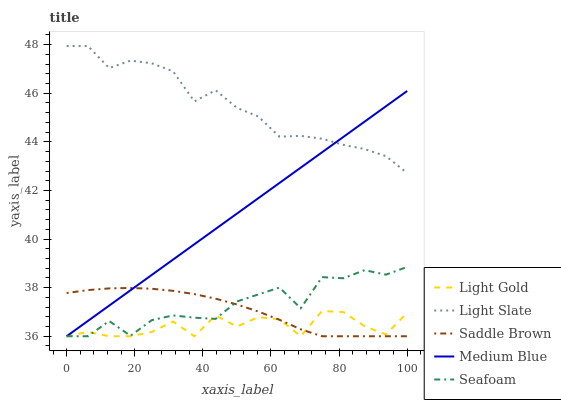
| xaxis_label | Light Gold | Light Slate | Saddle Brown | Medium Blue | Seafoam |
 | --- | --- | --- | --- | --- | --- |
 | 0 | 36 | 47.9 | 37.8 | 36 | 36 |
 | 6.25 | 36.2 | 47.9 | 37.9 | 36.6 | 36 |
 | 12.5 | 36 | 47 | 38 | 37.3 | 36.6 |
 | 18.8 | 36 | 47.3 | 38 | 37.9 | 36 |
 | 25 | 36.2 | 47.2 | 38 | 38.5 | 36.7 |
 | 31.2 | 36.6 | 46.9 | 37.9 | 39.2 | 36.9 |
 | 37.5 | 36 | 45.7 | 37.7 | 39.8 | 36.8 |
 | 43.8 | 36.9 | 46.1 | 37.5 | 40.4 | 36.7 |
 | 50 | 36.4 | 45.4 | 37.3 | 41 | 37.4 |
 | 56.2 | 36.8 | 45 | 37 | 41.7 | 37.7 |
 | 62.5 | 36.7 | 44.2 | 36.7 | 42.3 | 38 |
 | 68.8 | 36 | 44.2 | 36.3 | 42.9 | 37.2 |
 | 75 | 37 | 44.1 | 36 | 43.6 | 38.4 |
 | 81.2 | 37 | 43.9 | 36 | 44.2 | 38.4 |
 | 87.5 | 36.4 | 43.7 | 36 | 44.8 | 38.7 |
 | 93.8 | 36.1 | 43.4 | 36 | 45.5 | 38.5 |
 | 100 | 37 | 42.7 | 36 | 46.1 | 38.9 |